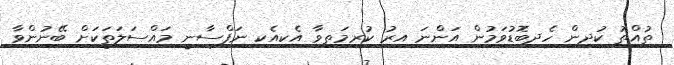
ތުއްތު ކުދިން ހެދިބޮޑުވަމުން އަންނަ އިރު ކުރިމަތިވާ އެކިއެކި ނަފްސާނީ މައްސަލަތަކަށް ބޭނުންވާ